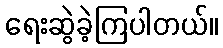
ရေးဆွဲခဲ့ကြပါတယ်။